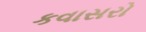
કવાસરો